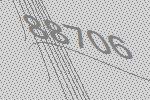
88706